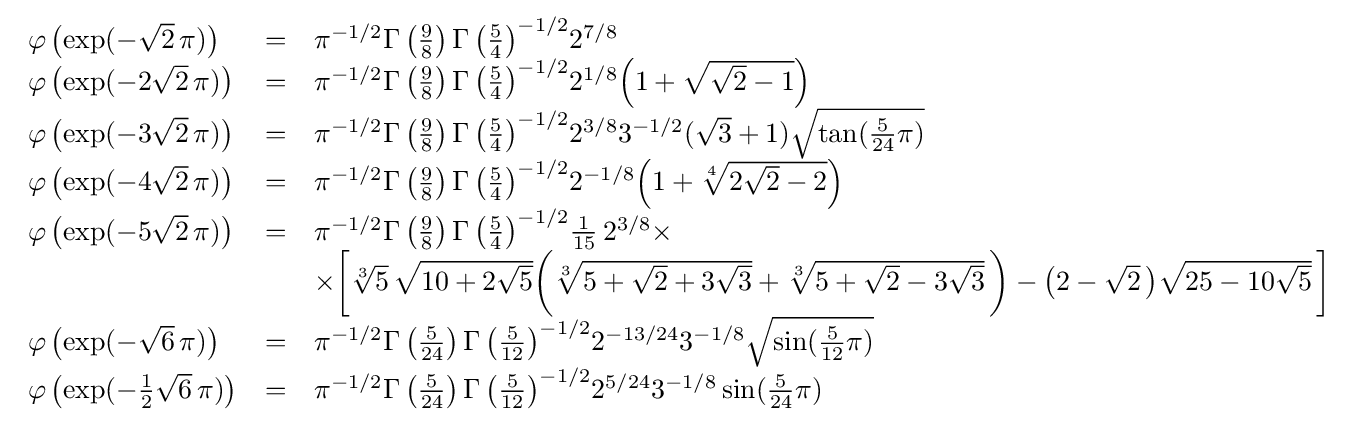
{\begin{array}{lll}\varphi \left(\exp(-{\sqrt {2}}\,\pi )\right)&=&\pi ^{-1/2}\Gamma \left({\tfrac {9}{8}}\right){\Gamma \left({\tfrac {5}{4}}\right)}^{-1/2}2^{7/8}\\\varphi \left(\exp(-2{\sqrt {2}}\,\pi )\right)&=&\pi ^{-1/2}\Gamma \left({\tfrac {9}{8}}\right){\Gamma \left({\tfrac {5}{4}}\right)}^{-1/2}2^{1/8}{\Bigl (}1+{\sqrt {{\sqrt {2}}-1}}{\Bigr )}\\\varphi \left(\exp(-3{\sqrt {2}}\,\pi )\right)&=&\pi ^{-1/2}\Gamma \left({\tfrac {9}{8}}\right){\Gamma \left({\tfrac {5}{4}}\right)}^{-1/2}2^{3/8}3^{-1/2}({\sqrt {3}}+1){\sqrt {\tan({\tfrac {5}{24}}\pi )}}\\\varphi \left(\exp(-4{\sqrt {2}}\,\pi )\right)&=&\pi ^{-1/2}\Gamma \left({\tfrac {9}{8}}\right){\Gamma \left({\tfrac {5}{4}}\right)}^{-1/2}2^{-1/8}{\Bigl (}1+{\sqrt[{4}]{2{\sqrt {2}}-2}}{\Bigr )}\\\varphi \left(\exp(-5{\sqrt {2}}\,\pi )\right)&=&\pi ^{-1/2}\Gamma \left({\tfrac {9}{8}}\right){\Gamma \left({\tfrac {5}{4}}\right)}^{-1/2}{\frac {1}{15}}\,2^{3/8}\times \\&&\times {\biggl [}{\sqrt[{3}]{5}}\,{\sqrt {10+2{\sqrt {5}}}}{\biggl (}{\sqrt[{3}]{5+{\sqrt {2}}+3{\sqrt {3}}}}+{\sqrt[{3}]{5+{\sqrt {2}}-3{\sqrt {3}}}}\,{\biggr )}-{\bigl (}2-{\sqrt {2}}\,{\bigr )}{\sqrt {25-10{\sqrt {5}}}}\,{\biggr ]}\\\varphi \left(\exp(-{\sqrt {6}}\,\pi )\right)&=&\pi ^{-1/2}\Gamma \left({\tfrac {5}{24}}\right){\Gamma \left({\tfrac {5}{12}}\right)}^{-1/2}2^{-13/24}3^{-1/8}{\sqrt {\sin({\tfrac {5}{12}}\pi )}}\\\varphi \left(\exp(-{\tfrac {1}{2}}{\sqrt {6}}\,\pi )\right)&=&\pi ^{-1/2}\Gamma \left({\tfrac {5}{24}}\right){\Gamma \left({\tfrac {5}{12}}\right)}^{-1/2}2^{5/24}3^{-1/8}\sin({\tfrac {5}{24}}\pi )\end{array}}